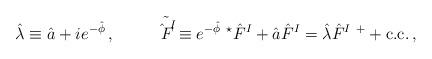
LaTeX: \begin{align*}\hat{\lambda} \equiv \hat{a} +ie^{-\hat{\phi}}\, ,\hspace{1cm}\tilde{\hat{F}^{I}}\equiv e^{-\hat{\phi}}\ {}^{\star}\hat{F}^{I} +\hat{a}\hat{F}^{I}=\hat{\lambda}\hat{F}^{I\ +} + {\rm c.c.}\, ,\end{align*}